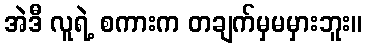
အဲဒီ လူရဲ့ စကားက တချက်မှမမှားဘူး။